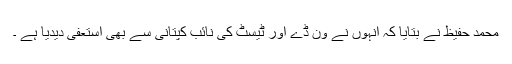
محمد حفیظ نے بتایا کہ انہوں نے ون ڈے اور ٹیسٹ کی نائب کپتانی سے بھی استعفیٰ دیدیا ہے ۔